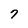
Character: 7